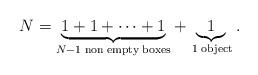
LaTeX: \begin{align*}N=\underbrace{1+1+\cdots+1}_{N-1\; \mathrm{non\; empty\; boxes}}+\underbrace{1}_{\;1\; \mathrm{object}}.\end{align*}